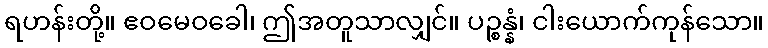
ရဟန်းတို့။ ဧဝမေဝခေါ၊ ဤအတူသာလျှင်။ ပဉ္စန္နံ၊ ငါးယောက်ကုန်သော။